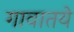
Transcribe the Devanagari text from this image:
गावातये